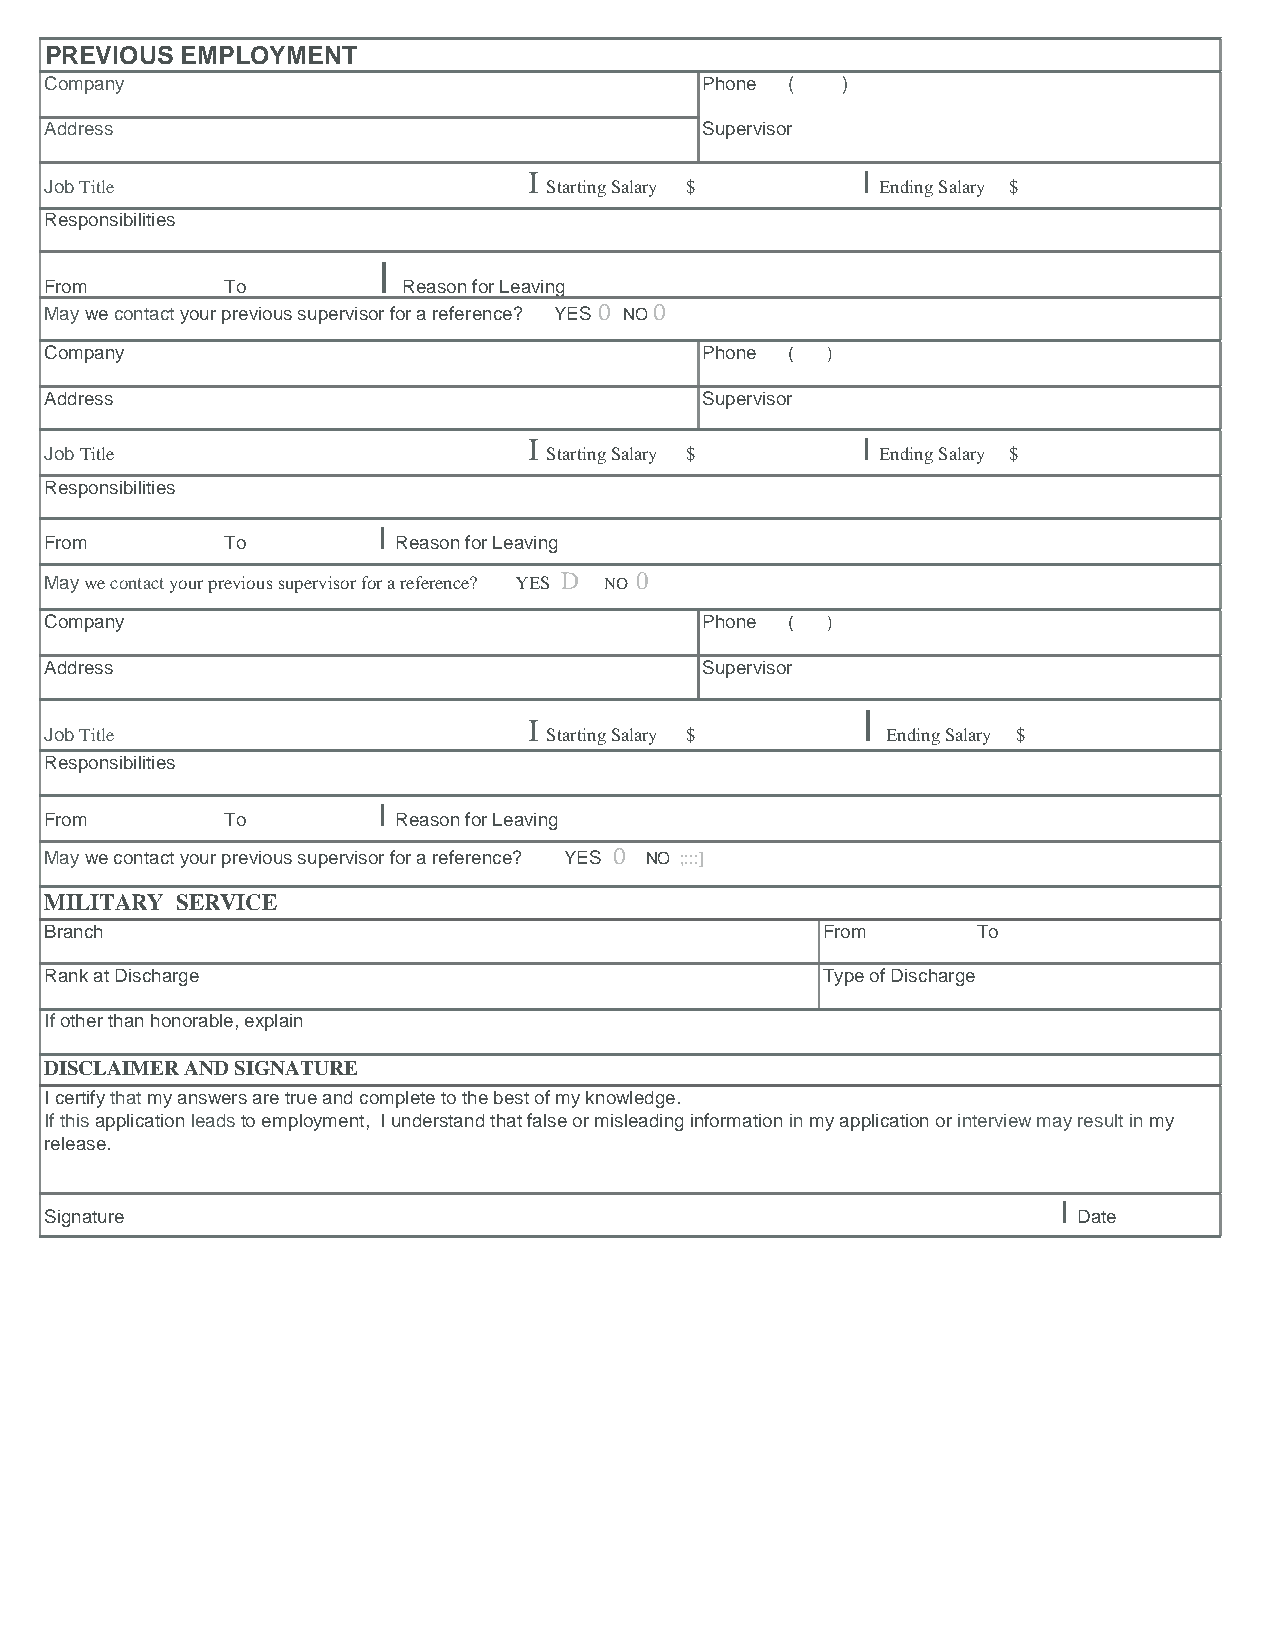
PREVIOUS EMPLOYMENT
 Company                                     Phone (  )
 Address                                     Supervisor
 I                     I
 Job Title                        Starting Salary $     Ending Salary $
 Responsibilities
 I
 From        To          Reason for Leaving
 May we contact your previous supervisor for a reference? YES 0 NO 0
 Company                                     Phone ( )
 Address                                     Supervisor
 I                     I
 Job Title                        Starting Salary $     Ending Salary $
 Responsibilities
 I
 From        To         Reason for Leaving
 May we contact your previous supervisor for a reference? YES D NO 0
 Company                                     Phone ( )
 Address                                     Supervisor
 I
 I
 Job Title                        Starting Salary $      Ending Salary $
 Responsibilities
 I
 From        To         Reason for Leaving
 May we contact your previous supervisor for a reference? YES 0 NO ;:::]
 MILITARY SERVICE
 Branch                                             From       To
 Rank at Discharge                                  Type of Discharge
 If other than honorable, explain
 DISCLAIMER AND SIGNATURE
 I certify that my answers are true and complete to the best of my knowledge.
 If this application leads to employment, I understand that false or misleading information in my application or interview may result in my
 release.
 I
 Signature                                                           Date